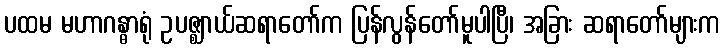
ပထမ မဟာဂန္ဓာရုံ ဥပဇ္ဈာယ်ဆရာတော်က ပြန်လွန်တော်မူပါပြီ၊ အခြား ဆရာတော်များက